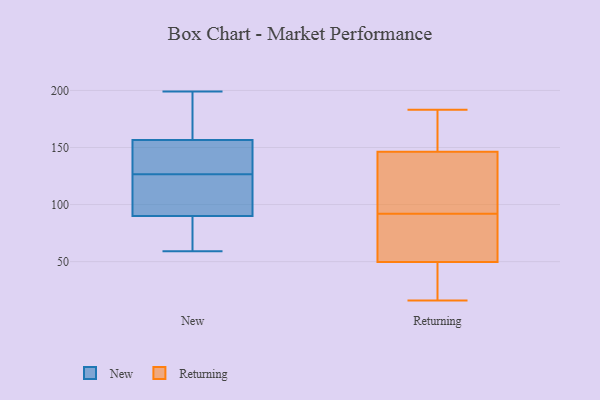
{"axis": {"x": "Demand Index", "y": "Value"}, "legend": ["New", "Returning"], "data": [{"x": "", "y": 117, "type": "New"}, {"x": "", "y": 199, "type": "New"}, {"x": "", "y": 100, "type": "New"}, {"x": "", "y": 69, "type": "New"}, {"x": "", "y": 111, "type": "New"}, {"x": "", "y": 139, "type": "New"}, {"x": "", "y": 141, "type": "New"}, {"x": "", "y": 136, "type": "New"}, {"x": "", "y": 80, "type": "New"}, {"x": "", "y": 184, "type": "New"}, {"x": "", "y": 172, "type": "New"}, {"x": "", "y": 59, "type": "New"}, {"x": "", "y": 150, "type": "Returning"}, {"x": "", "y": 183, "type": "Returning"}, {"x": "", "y": 43, "type": "Returning"}, {"x": "", "y": 70, "type": "Returning"}, {"x": "", "y": 73, "type": "Returning"}, {"x": "", "y": 103, "type": "Returning"}, {"x": "", "y": 135, "type": "Returning"}, {"x": "", "y": 37, "type": "Returning"}, {"x": "", "y": 16, "type": "Returning"}, {"x": "", "y": 155, "type": "Returning"}, {"x": "", "y": 92, "type": "Returning"}]}